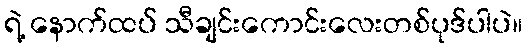
ရဲ့ နောက်ထပ် သီချင်းကောင်းလေးတစ်ပုဒ်ပါပဲ။